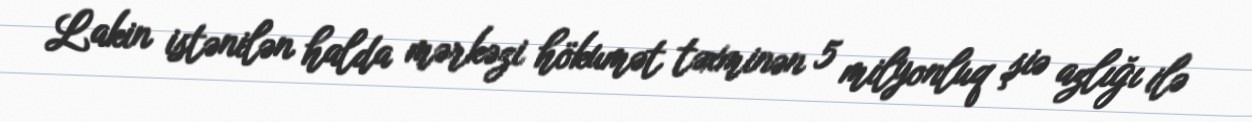
Lakin istənilən halda mərkəzi hökumət təxminən 5 milyonluq şiə azlığı ilə